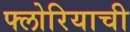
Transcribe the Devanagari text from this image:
फ्लोरियाची